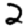
Digit: 2